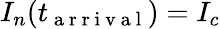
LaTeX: I_{n}(t_{\mathrm{~a~r~r~i~v~a~l~}})=I_{c}